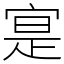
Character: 寔